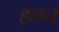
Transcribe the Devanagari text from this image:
हलन